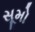
સૂમો